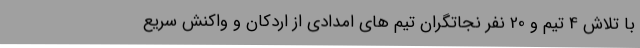
با تلاش 4 تیم و 20 نفر نجاتگران تیم های امدادی از اردکان و واکنش سریع